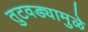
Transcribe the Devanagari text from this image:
तुटवड्यामुळे